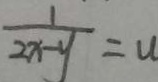
\frac { 1 } { 2 x - y } = u